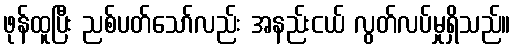
ဖုန်ထူပြီး ညစ်ပတ်သော်လည်း အနည်းငယ် လွတ်လပ်မှုရှိသည်။